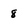
Character: 8